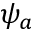
\psi _ { a }